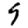
Digit: 9